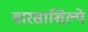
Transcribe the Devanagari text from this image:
वारसाशिल्पे